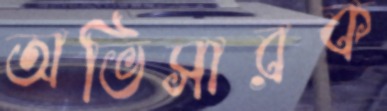
অভিসারক